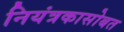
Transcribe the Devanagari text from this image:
नियंत्रकासोबत